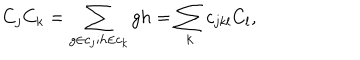
C _ { j } C _ { k } = \sum _ { g \in c _ { j } ; h \in c _ { k } } g h = \sum _ { k } c _ { j k l } C _ { l } ,